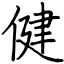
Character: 健